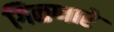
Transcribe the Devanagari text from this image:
गिळणारे